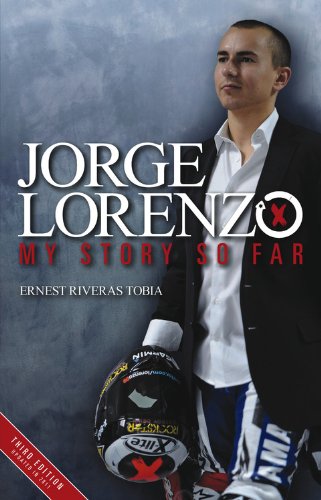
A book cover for Jorge Lorenzo: My Story So Far; Ernest Riveras Tobia; Sports & Outdoors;